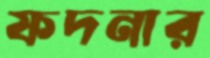
ফদনার